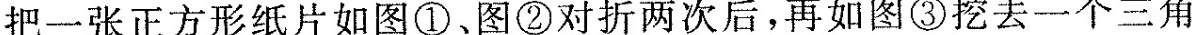
把一张正方形纸片如图①、图②对折两次后，再如图③挖去一个三角